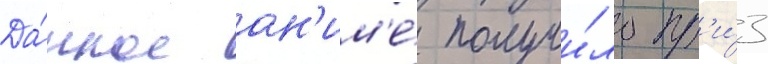
Да́нное ан'им'е́ получи́ло пр'и́з